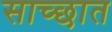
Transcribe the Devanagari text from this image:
साच्छात